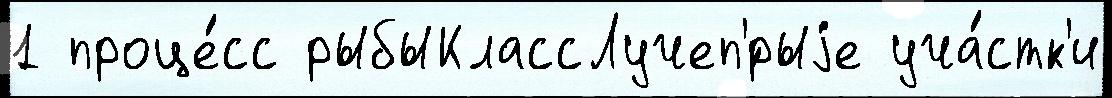
1 проце́сс рыбыКлассЛучеп'́рыjе уча́стк'и